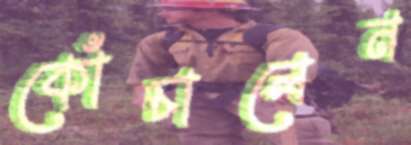
কোঁচালেন